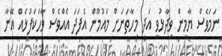
ނަމަވެސް ޔާމީން ވިދާޅުވީ އަދި މިހާތަނަށް މައުމޫން އެފަދަ އެއްވެސް ވާހަކަފުޅެއް އޭނާ